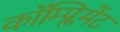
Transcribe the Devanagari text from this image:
कॉम्प्लिमेंट